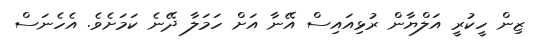
ޒިން ހީކުރީ އަލްޔާން ރުޅިއައިސް އޭނާ އަށް ހަމަލާ ދޭނެ ކަމަށެވެ. އެހެނަސް